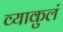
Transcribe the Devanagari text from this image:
व्याकुलं